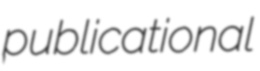
publicational